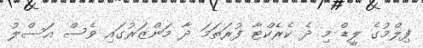
ފިލްމުގެ ލީޑް މި ދެ ކެރެކްޓާ ފުރަތަމަ ދާ މަންޒަރުގައި ވެސް އަސްލު